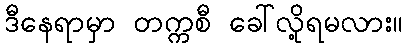
ဒီနေရာမှာ တက္ကစီ ခေါ်လို့ရမလား။